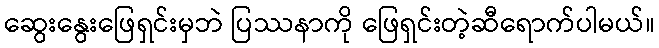
ဆွေးနွေးဖြေရှင်းမှဘဲ ပြဿနာကို ဖြေရှင်းတဲ့ဆီရောက်ပါမယ်။